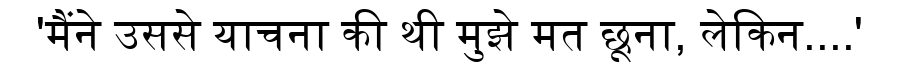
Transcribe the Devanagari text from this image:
'मैंने उससे याचना की थी मुझे मत छूना, लेकिन....'